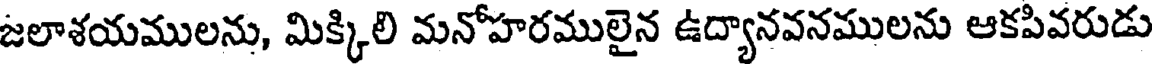
జలాశయములను, మిక్కిలి మనోహరములైన ఉద్యానవనములను ఆకపివరుడు